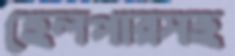
হেলপারসহ